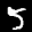
Label: 5